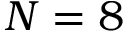
N = 8